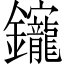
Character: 𨰧